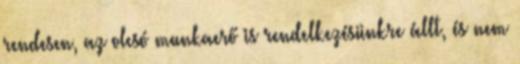
rendesen, az olcsó munkaerő is rendelkezésünkre állt, és nem